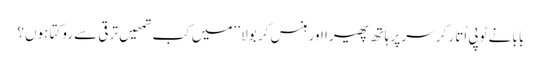
بابا نے ٹوپی اُتار کر سر پر ہاتھ پھیرا اور ہنس کر بولا ’’میں کب تمھیں ترقی سے روکتا ہوں؟